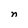
Character: n